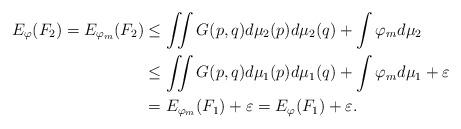
LaTeX: \begin{align*} E_\varphi(F_2) = E_{\varphi_m}(F_2) & \leq \iint G(p,q) d \mu_2(p) d \mu_2(q) + \int \varphi_m d \mu_2 \\ & \leq \iint G(p,q) d \mu_1(p) d \mu_1(q) + \int \varphi_m d \mu_1 + \varepsilon \\& = E_{\varphi_m}(F_1) + \varepsilon = E_\varphi(F_1) + \varepsilon.\end{align*}